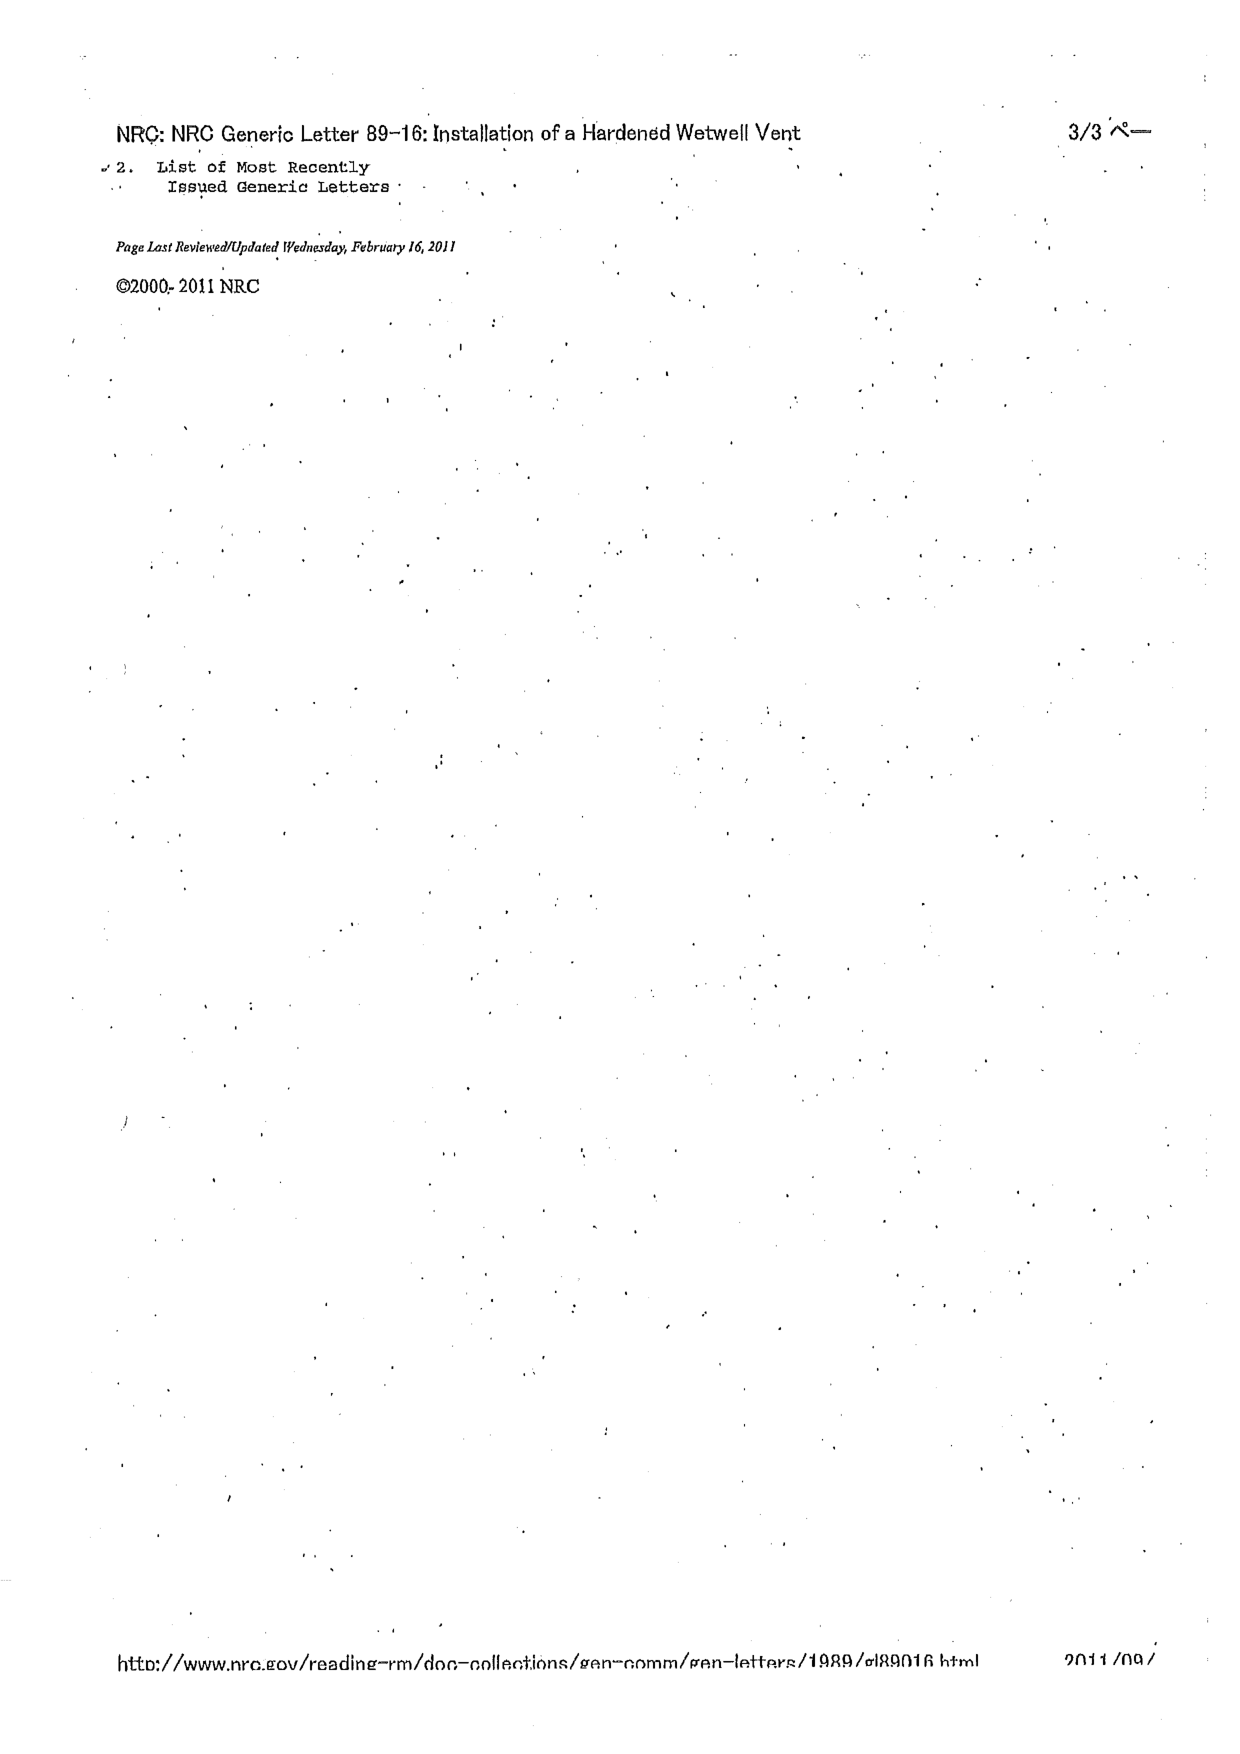
NRC: NRC Generic Letter 89-16: Installation of a Hardened Wetwell Vent
2. List of Most Recently
Issued Generic Letters
Page Last Reviewed/Updated Wednesday, February 16, 2011
©2000-2011 NRC
3/3 ペー
http://www.nrc.gov/reading-rm/doc-collections/gen-comm/gen-letters/1989/gl89016.html
2011/09/